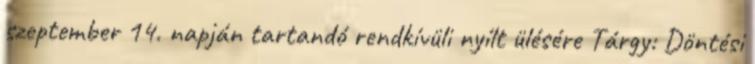
szeptember 14. napján tartandó rendkívüli nyílt ülésére Tárgy: Döntési